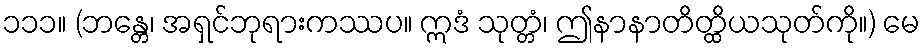
၁၁၁။ (ဘန္တေ၊ အရှင်ဘုရားကဿပ။ ဣဒံ သုတ္တံ၊ ဤနာနာတိတ္ထိယသုတ်ကို။) မေ